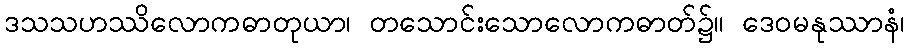
ဒသသဟဿိလောကဓာတုယာ၊ တသောင်းသောလောကဓာတ်၌။ ဒေဝမနုဿာနံ၊